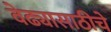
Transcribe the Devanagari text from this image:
वेढ्यासाठीचे